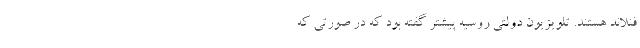
فنلاند هستند. تلویزیون دولتی روسیه پیشتر گفته بود که در صورتی که